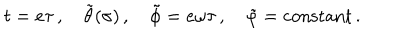
t = e \tau \, , \quad \tilde { \theta } ( \sigma ) \, , \quad \tilde { \phi } = e \omega \tau \, , \quad \tilde { \varphi } = \mathrm { c o n s t a n t } \, .